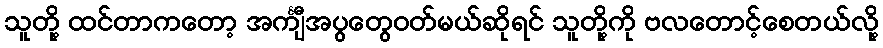
သူတို့ ထင်တာကတော့ အင်္ကျီအပွတွေဝတ်မယ်ဆိုရင် သူတို့ကို ဗလတောင့်စေတယ်လို့